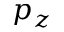
p _ { z }